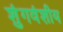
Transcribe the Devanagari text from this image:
शुंगवंशीय